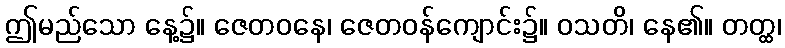
ဤမည်သော နေ့၌။ ဇေတဝနေ၊ ဇေတဝန်ကျောင်း၌။ ဝသတိ၊ နေ၏။ တတ္ထ၊